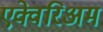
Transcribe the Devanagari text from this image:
एक्वेरिअम